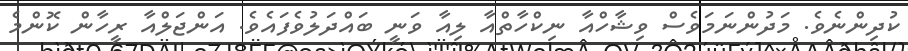
ކުދިންނެވެ. މަދުންނަމަވެސް ވިޝާހްއާ ނިކްހާތްއާ ލިއާ ވަނީ ބައްދަލުވެފައެވެ. އަންޖަލްއާ ރީހާން ކޮންމެ